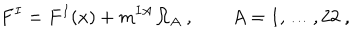
F ^ { I } = F ^ { I } ( x ) + m ^ { I A } \, \Omega _ { A } \ , \qquad A = 1 , \ldots , 2 2 \ ,